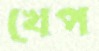
খেপ